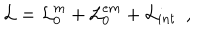
{ \cal L } = { \cal L } _ { 0 } ^ { m } + { \cal L } _ { 0 } ^ { e m } + { \cal L } _ { i n t } \, \, \, ,